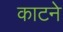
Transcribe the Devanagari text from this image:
काटनेे